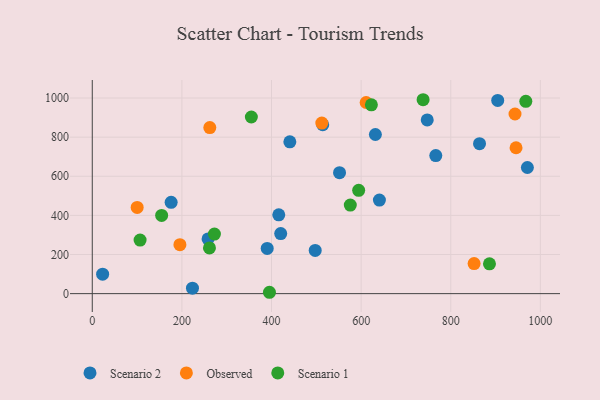
{"axis": {"x": "Speed", "y": "Demand"}, "legend": ["Observed", "Scenario 1", "Scenario 2"], "data": [{"x": "176.0", "y": 466.7, "type": "Scenario 2"}, {"x": "904.8", "y": 987.8, "type": "Scenario 2"}, {"x": "747.5", "y": 888.1, "type": "Scenario 2"}, {"x": "416.2", "y": 402.7, "type": "Scenario 2"}, {"x": "864.2", "y": 766.6, "type": "Scenario 2"}, {"x": "766.6", "y": 705.9, "type": "Scenario 2"}, {"x": "223.6", "y": 27.9, "type": "Scenario 2"}, {"x": "258.4", "y": 279.6, "type": "Scenario 2"}, {"x": "514.3", "y": 863.3, "type": "Scenario 2"}, {"x": "631.8", "y": 813.5, "type": "Scenario 2"}, {"x": "971.0", "y": 644.9, "type": "Scenario 2"}, {"x": "390.4", "y": 231.1, "type": "Scenario 2"}, {"x": "23.1", "y": 99.5, "type": "Scenario 2"}, {"x": "551.8", "y": 618.2, "type": "Scenario 2"}, {"x": "440.9", "y": 775.9, "type": "Scenario 2"}, {"x": "420.5", "y": 307.1, "type": "Scenario 2"}, {"x": "640.8", "y": 478.1, "type": "Scenario 2"}, {"x": "497.5", "y": 220.8, "type": "Scenario 2"}, {"x": "100.2", "y": 440.9, "type": "Observed"}, {"x": "512.3", "y": 872.1, "type": "Observed"}, {"x": "852.1", "y": 153.9, "type": "Observed"}, {"x": "611.2", "y": 977.1, "type": "Observed"}, {"x": "195.6", "y": 250.4, "type": "Observed"}, {"x": "262.3", "y": 848.8, "type": "Observed"}, {"x": "943.4", "y": 918.3, "type": "Observed"}, {"x": "945.7", "y": 745.9, "type": "Observed"}, {"x": "355.0", "y": 902.9, "type": "Scenario 1"}, {"x": "261.5", "y": 233.6, "type": "Scenario 1"}, {"x": "106.7", "y": 273.8, "type": "Scenario 1"}, {"x": "395.4", "y": 7.0, "type": "Scenario 1"}, {"x": "594.5", "y": 528.4, "type": "Scenario 1"}, {"x": "575.8", "y": 452.7, "type": "Scenario 1"}, {"x": "154.8", "y": 400.1, "type": "Scenario 1"}, {"x": "967.5", "y": 983.0, "type": "Scenario 1"}, {"x": "622.9", "y": 965.3, "type": "Scenario 1"}, {"x": "272.6", "y": 304.7, "type": "Scenario 1"}, {"x": "738.3", "y": 991.3, "type": "Scenario 1"}, {"x": "886.4", "y": 152.2, "type": "Scenario 1"}]}